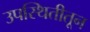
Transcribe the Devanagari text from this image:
उपस्थितीतून